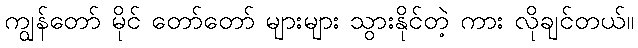
ကျွန်တော် မိုင် တော်တော် များများ သွားနိုင်တဲ့ ကား လိုချင်တယ်။